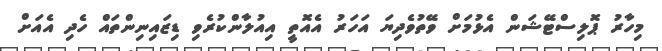
މިހާރު ޕޮލިސްޓޭޝަން އެޅުމަށް ވޭތުވެދިޔަ އަހަރު އެއޮތީ އިއުލާންކުރެވި ޑިޒައިނިންތައް ހެދި އެއަށް